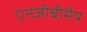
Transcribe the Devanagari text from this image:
एनजीबीमैप